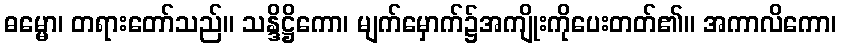
ဓမ္မော၊ တရားတော်သည်။ သန္ဒိဋ္ဌိကော၊ မျက်မှောက်၌အကျိုးကိုပေးတတ်၏။ အကာလိကော၊